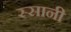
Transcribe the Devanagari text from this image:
स्सानी